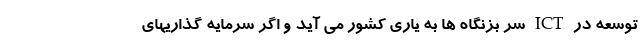
توسعه در ICT سر بزنگاه ها به یاری کشور می آید و اگر سرمایه گذاریهای